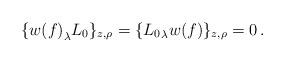
LaTeX: \begin{align*}\{{w(f)}_\lambda L_0\}_{z,\rho}=\{{L_0}_\lambda{w(f)}\}_{z,\rho}=0\,.\end{align*}